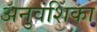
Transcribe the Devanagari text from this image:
अनुवंशिका